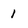
Character: I